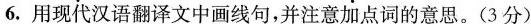
6.用现代汉语翻译文中画线句，并注意加点词的意思。(3分)